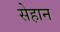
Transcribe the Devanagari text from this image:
सेहान